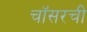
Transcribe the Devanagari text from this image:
चॉसरची